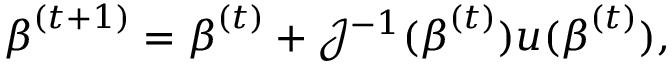
{ \boldsymbol { \beta } } ^ { ( t + 1 ) } = { \boldsymbol { \beta } } ^ { ( t ) } + { \mathcal { J } } ^ { - 1 } ( { \boldsymbol { \beta } } ^ { ( t ) } ) u ( { \boldsymbol { \beta } } ^ { ( t ) } ) ,